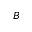
_ B